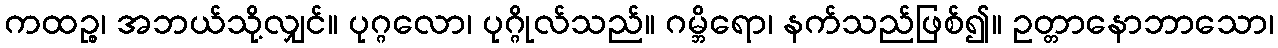
ကထဉ္စ၊ အဘယ်သို့လျှင်။ ပုဂ္ဂလော၊ ပုဂ္ဂိုလ်သည်။ ဂမ္ဘိရော၊ နက်သည်ဖြစ်၍။ ဥတ္တာနောဘာသော၊